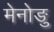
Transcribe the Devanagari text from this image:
मेनोङु